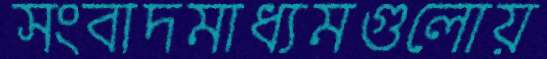
সংবাদমাধ্যমগুলোয়